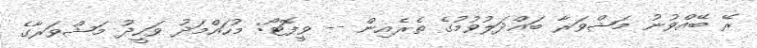
ރޭ ބޭއްވުނު މަޝްވަރާ ބައްދަލުވުމުގެ ތެރެއިން -- ވީފޮޓޯ: މުހައްމަދު ވަހީދު މަޝްވަރާގެ